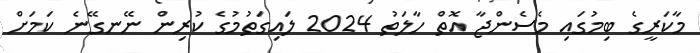
މާކަރީގެ ބިމުގައި މެސެންޖާ އޮތް ހާލަތު 2024 ލައިގަތުމުގެ ކުރިން ނޭނގޭނެ ކަމަށް